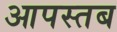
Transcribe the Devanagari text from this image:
आपस्तब